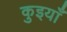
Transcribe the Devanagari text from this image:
कुइयाँ